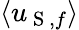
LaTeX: \langle u_{\mathrm{~S~},f}\rangle